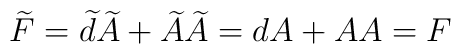
\widetilde{F}=\widetilde{d} \widetilde{A} + \widetilde{A}\widetilde{A}     = dA + A A = F